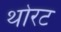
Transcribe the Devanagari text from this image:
थोरट